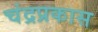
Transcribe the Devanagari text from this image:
चंद्रप्रकास